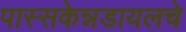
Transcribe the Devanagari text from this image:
पास्सकेन्नडायलचे